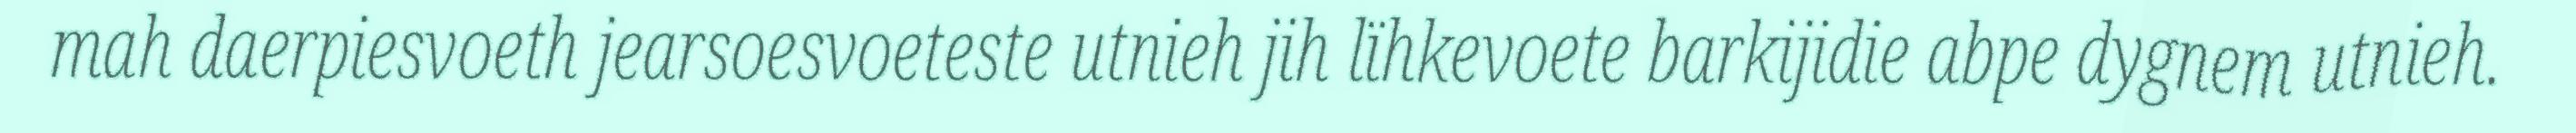
mah daerpiesvoeth jearsoesvoeteste utnieh jih lïhkevoete barkijidie abpe dygnem utnieh.